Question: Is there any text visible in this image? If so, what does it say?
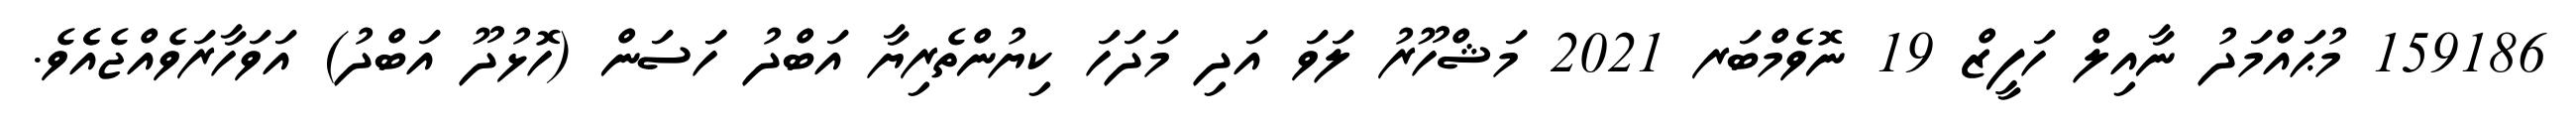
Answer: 159186 މުޙައްމަދު ނާއިލް ހަފީޒް 19 ނޮވެމްބަރ 2021 މަޝްހޫރު ލަވަ އަދި މަދަހަ ކިޔުންތެރިޔާ އަބްދު ހަަސަން (ހޮޅުދޫ އަބްދު) އަވަހާރަވެއްޖެއެެވެ.